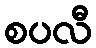
စပလီ